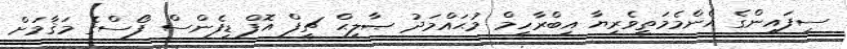
ސިފައިންގެ އެންމެމަތީވެރިޔާ އިބްރާހީމް މުޙައްމަދު ޞާލިޙް ޗީފް އޮފް ޑިފެންސް ފޯސްގެ މަޤާމަށް